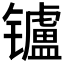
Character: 𲈟